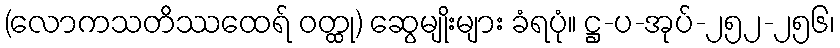
(လောကသတိဿထေရ် ဝတ္ထု) ဆွေမျိုးများ ခံရပုံ။ ဋ္ဌ-ပ-အုပ်-၂၅၂-၂၅၆၊